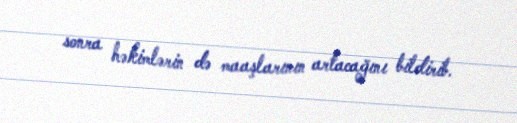
sonra həkimlərin də maaşlarının artacağını bildirib.